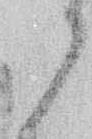
々